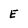
Character: E